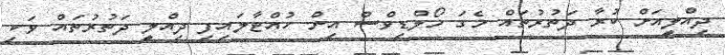
ދިއްލީއަށް ކުރާ ދަތުރުތައް މެގަ މޯލްޑިވްސް އިން ހުއްޓާލައިފި ދިއްލީ ދަތުރުތައް ވަކި